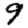
Digit: 9